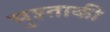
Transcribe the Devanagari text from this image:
मुश्ताकी